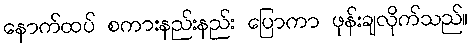
နောက်ထပ် စကားနည်းနည်း ပြောကာ ဖုန်းချလိုက်သည်။